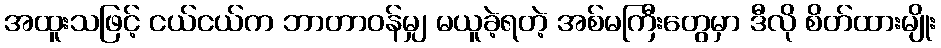
အထူးသဖြင့် ငယ်ငယ်က ဘာတာဝန်မျှ မယူခဲ့ရတဲ့ အစ်မကြီးတွေမှာ ဒီလို စိတ်ထားမျိုး